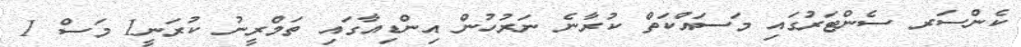
ކެންސަރ ސެންޓަރުގައި މަސައްކަތް ކުރާނެ ނަރުހުން އިންޑިއާގައި ތަމްރީނު ކުރަނީ1 މަސް 1